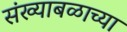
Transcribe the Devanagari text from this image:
संख्याबळाच्या